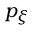
p _ { \xi }